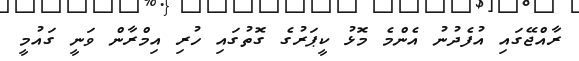
ރާއްޖޭގައި އުފެދުނު އެންމެ މޮޅު ކީޕަރުގެ ގޮތުގައި ހުރި އިމްރާން ވަނީ ގައުމީ